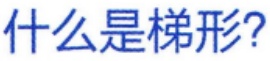
什么是梯形?